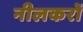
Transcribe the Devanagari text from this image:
नीलकरों